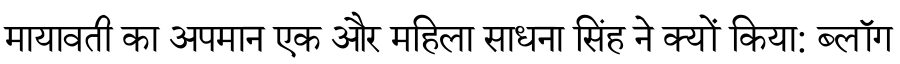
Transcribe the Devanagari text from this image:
मायावती का अपमान एक और महिला साधना सिंह ने क्यों किया: ब्लॉग